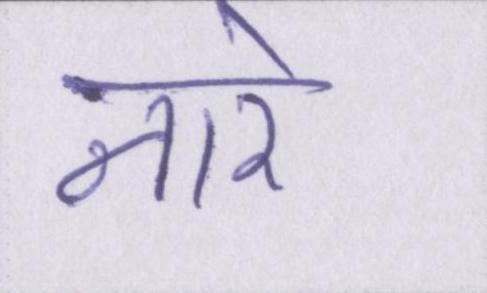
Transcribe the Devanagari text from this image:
नारे